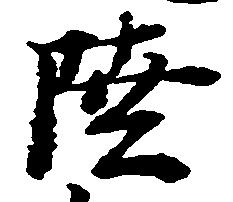
陸